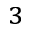
^ 3